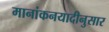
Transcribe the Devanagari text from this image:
मानांकनयादीनुसार